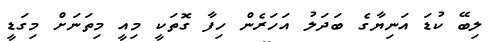
ލިބޭ ކުޑަ އަނިޔާގެ ބަދަލު އަހަރެން ހިފާ ގޮތަކީ މިއީ މިތަނަށް މިގަޑީ